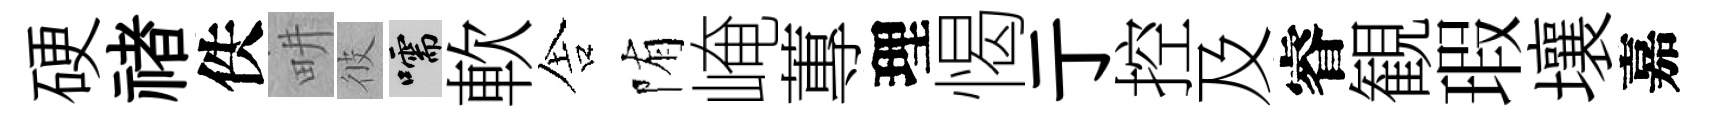
硬禇佚畊彼嚅軟舎陏崦蓴理愒亍控及睿観瑕壤嘉